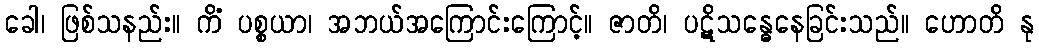
ခေါ၊ ဖြစ်သနည်း။ ကိံ ပစ္စယာ၊ အဘယ်အကြောင်းကြောင့်။ ဇာတိ၊ ပဋိသန္ဓေနေခြင်းသည်။ ဟောတိ နု